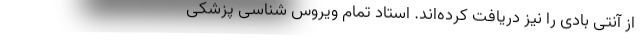
از آنتی بادی را نیز دریافت کرده‌اند. استاد تمام ویروس شناسی پزشکی